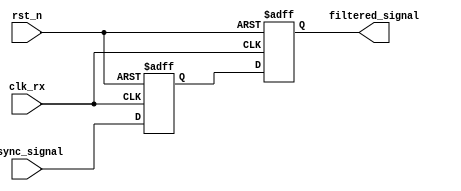
module meta_stability_filter (
    input wire clk_rx,         // Receiving clock domain
    input wire rst_n,         // Asynchronous active-low reset
    input wire async_signal,   // Incoming asynchronous signal
    output reg filtered_signal  // Stabilized output signal
);

    // Internal signals for dual flip-flop synchronizer
    reg ff1_out; // Output of the first flip-flop

    // Dual Flip-Flop Synchronizer
    always @(posedge clk_rx or negedge rst_n) begin
        if (!rst_n) begin
            ff1_out <= 1'b0;        // Initialize FF1 output on reset
            filtered_signal <= 1'b0; // Initialize output on reset
        end else begin
            ff1_out <= async_signal; // Sample async_signal at FF1
            filtered_signal <= ff1_out; // Sample FF1 output at FF2
        end
    end

endmodule